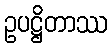
ဥပဋ္ဌိတာဿ